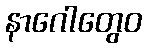
နာဂေါတွေဝ